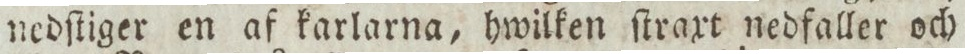
nedſtiger en af karlarna, hwilken ſtraxt nedfaller och